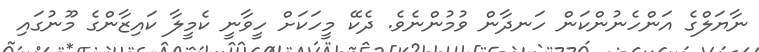
ނާޔަލްގެ އަންހެނުންކަން ހަނދާން ވުމުންނެވެ. ދެކޭ މީހަކަށް ހީވާނީ ކެމީލާ ކައިޒާންގެ މޫނުގައި